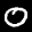
Label: 0